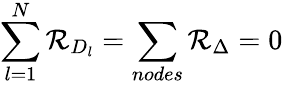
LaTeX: \sum_{l=1}^{N}{\cal R}_{D_{l}}=\sum_{nodes}{\cal R}_{\Delta}=0